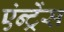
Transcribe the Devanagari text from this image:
एंन्ट्रेंस